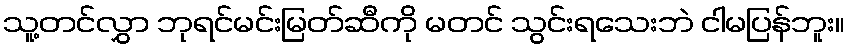
သူ့တင်လွှာ ဘုရင်မင်းမြတ်ဆီကို မတင် သွင်းရသေးဘဲ ငါမပြန်ဘူး။